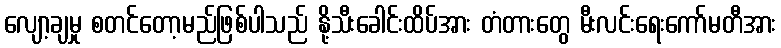
လျော့ချမှု စတင်တော့မည်ဖြစ်ပါသည် နို့သီးခေါင်းထိပ်အား တံတားတွေ မီးလင်းရေးကော်မတီအား